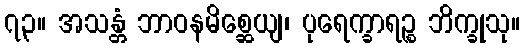
၇၃။ အသန္တံ ဘာဝနမိစ္ဆေယျ၊ ပုရေက္ခာရဉ္စ ဘိက္ခုသု။